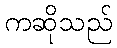
ကဆိုသည်